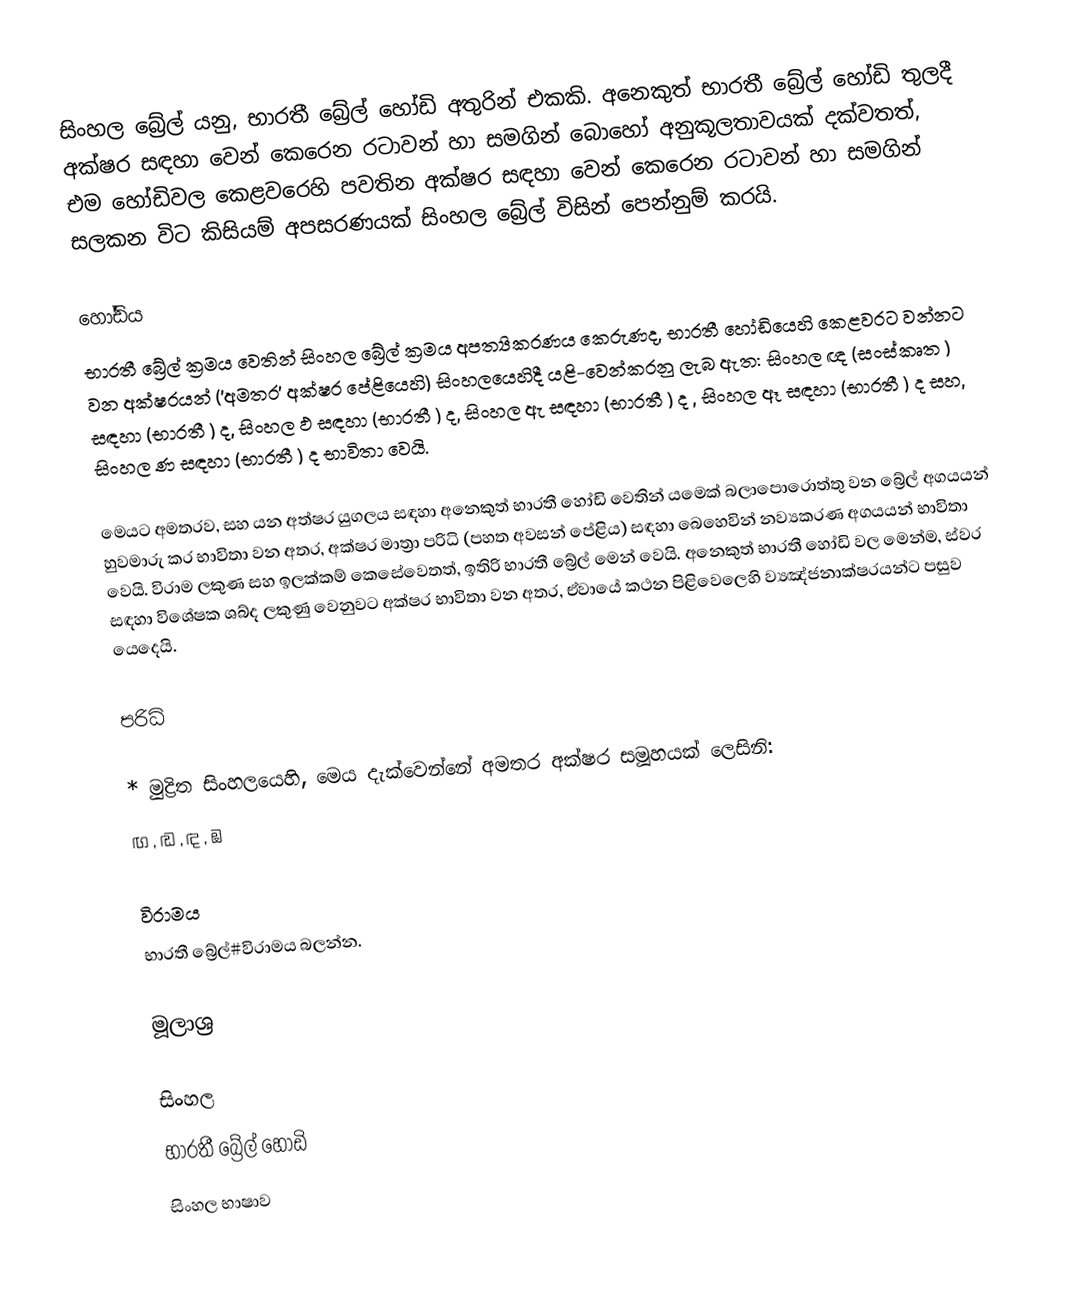
සිංහල බ්‍රේල් යනු,  භාරතී බ්‍රේල් හෝඩි අතුරින් එකකි.  අනෙකුත් භාරතී බ්‍රේල් හෝඩි තුලදී අක්ෂර සඳහා වෙන් කෙරෙන රටාවන් හා සමගින් බොහෝ අනුකූලතාවයක් දක්වතත්, එම හෝඩිවල කෙළවරෙහි පවතින අක්ෂර සඳහා වෙන් කෙරෙන රටාවන් හා සමගින් සලකන විට කිසියම් අපසරණයක් සිංහල බ්‍රේල් විසින් පෙන්නුම් කරයි.

හෝඩිය
භාරතී බ්‍රේල් ක්‍රමය වෙතින් සිංහල බ්‍රේල් ක්‍රමය අපත්‍යිකරණය කෙරුණද, භාරතී හෝඩියෙහි කෙළවරට වන්නට වන අක්ෂරයන් ('අමතර' අක්ෂර පේළියෙහි) සිංහලයෙහිදී යළි-වෙන්කරනු ලැබ ඇත:  සිංහල ඥ  (සංස්කෘත ) සඳහා   (භාරතී  ) ද, සිංහල ඵ  සඳහා  (භාරතී ) ද, සිංහල ඇ  සඳහා   (භාරතී ) ද , සිංහල ඈ   සඳහා  (භාරතී ) ද සහ, සිංහල  ණ  සඳහා  (භාරතී ) ද භාවිතා  වෙයි.

මෙයට අමතරව,  සහ  යන අත්ෂර යුගලය සඳහා අනෙකුත් භාරතී හෝඩි වෙතින් යමෙක් බලාපොරොත්තු වන බ්‍රේල් අගයයන් හුවමාරු කර භාවිතා වන අතර, අක්ෂර මාත්‍රා පරිධි (පහත අවසන් පේළිය) සඳහා බෙහෙවින් නව්‍යකරණ අගයයන් භාවිතා වෙයි. විරාම ලකුණ සහ  ඉලක්කම් කෙසේවෙතත්,  ඉතිරි භාරතී බ්‍රේල් මෙන් වෙයි.  අනෙකුත් භාරතී හෝඩි වල මෙන්ම, ස්වර සඳහා විශේෂක ශබ්ද ලකුණු වෙනුවට අක්ෂර භාවිතා වන අතර, ඒවායේ කථන පිළිවෙලෙහි ව්‍යඤ්ජනාක්ෂරයන්ට පසුව යෙදෙයි.

පරිධි

* මුද්‍රිත සිංහලයෙහි, මෙය දැක්වෙන්නේ අමතර අක්ෂර සමූහයක් ලෙසිනි:
ඟ  , ඬ  , ඳ  , ඹ

විරාමය
භාරතී බ්‍රේල්#විරාමය බලන්න.

මූලාශ්‍ර

සිංහල
භාරතී බ්‍රේල් හෝඩි
සිංහල භාෂාව